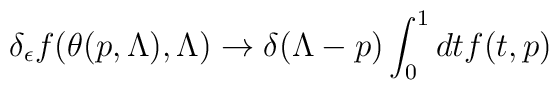
\delta_{\epsilon} f(\theta(p,\Lambda),\Lambda)\rightarrow\delta(\Lambda-p)\int^{1}_{0}dt f(t,p)